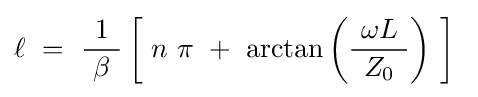
\ell ~=~{\frac {1}{\ \beta \ }}\left[\ n\ \pi \ +\ \arctan \left({\frac {\ \omega L\ }{\ Z_{0}\ }}\right)\ \right]~